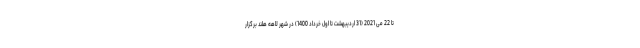
تا 22 می 2021 (31 اردیبهشت تا اول خرداد 1400) در شهر لاهه هلند برگزار